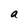
Character: a